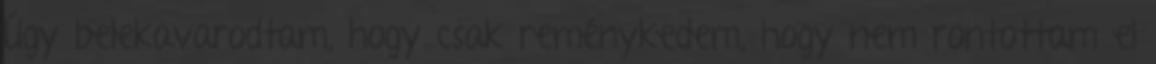
Úgy belekavarodtam, hogy csak reménykedem, hogy nem rontottam el